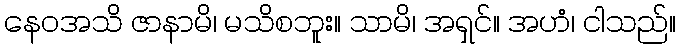
နေဝအသိ ဇာနာမိ၊ မသိစဘူး။ သာမိ၊ အရှင်။ အဟံ၊ ငါသည်။